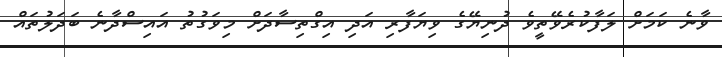
ވާނެ ކަމަށް ލަފާކުރެވޭތީވެ ދުނިޔޭގެ ވިޔަފާރި އަދި އިގްތިސާދަށް މިވަގުތު އައިސްދާނެ ބަދަލުތައް